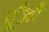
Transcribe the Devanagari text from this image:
पूॅंजी